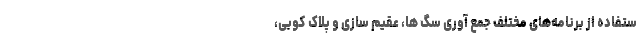
ستفاده از برنامه‌های مختلف جمع آوری سگ ها، عقیم سازی و پلاک کوبی،